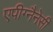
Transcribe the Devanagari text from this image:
एपीग्नैनेसी